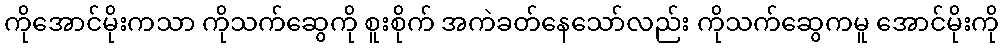
ကိုအောင်မိုးကသာ ကိုသက်ဆွေကို စူးစိုက် အကဲခတ်နေသော်လည်း ကိုသက်ဆွေကမူ အောင်မိုးကို